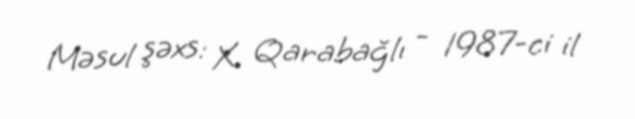
Məsul şəxs: X. Qarabağlı - 1987-ci il